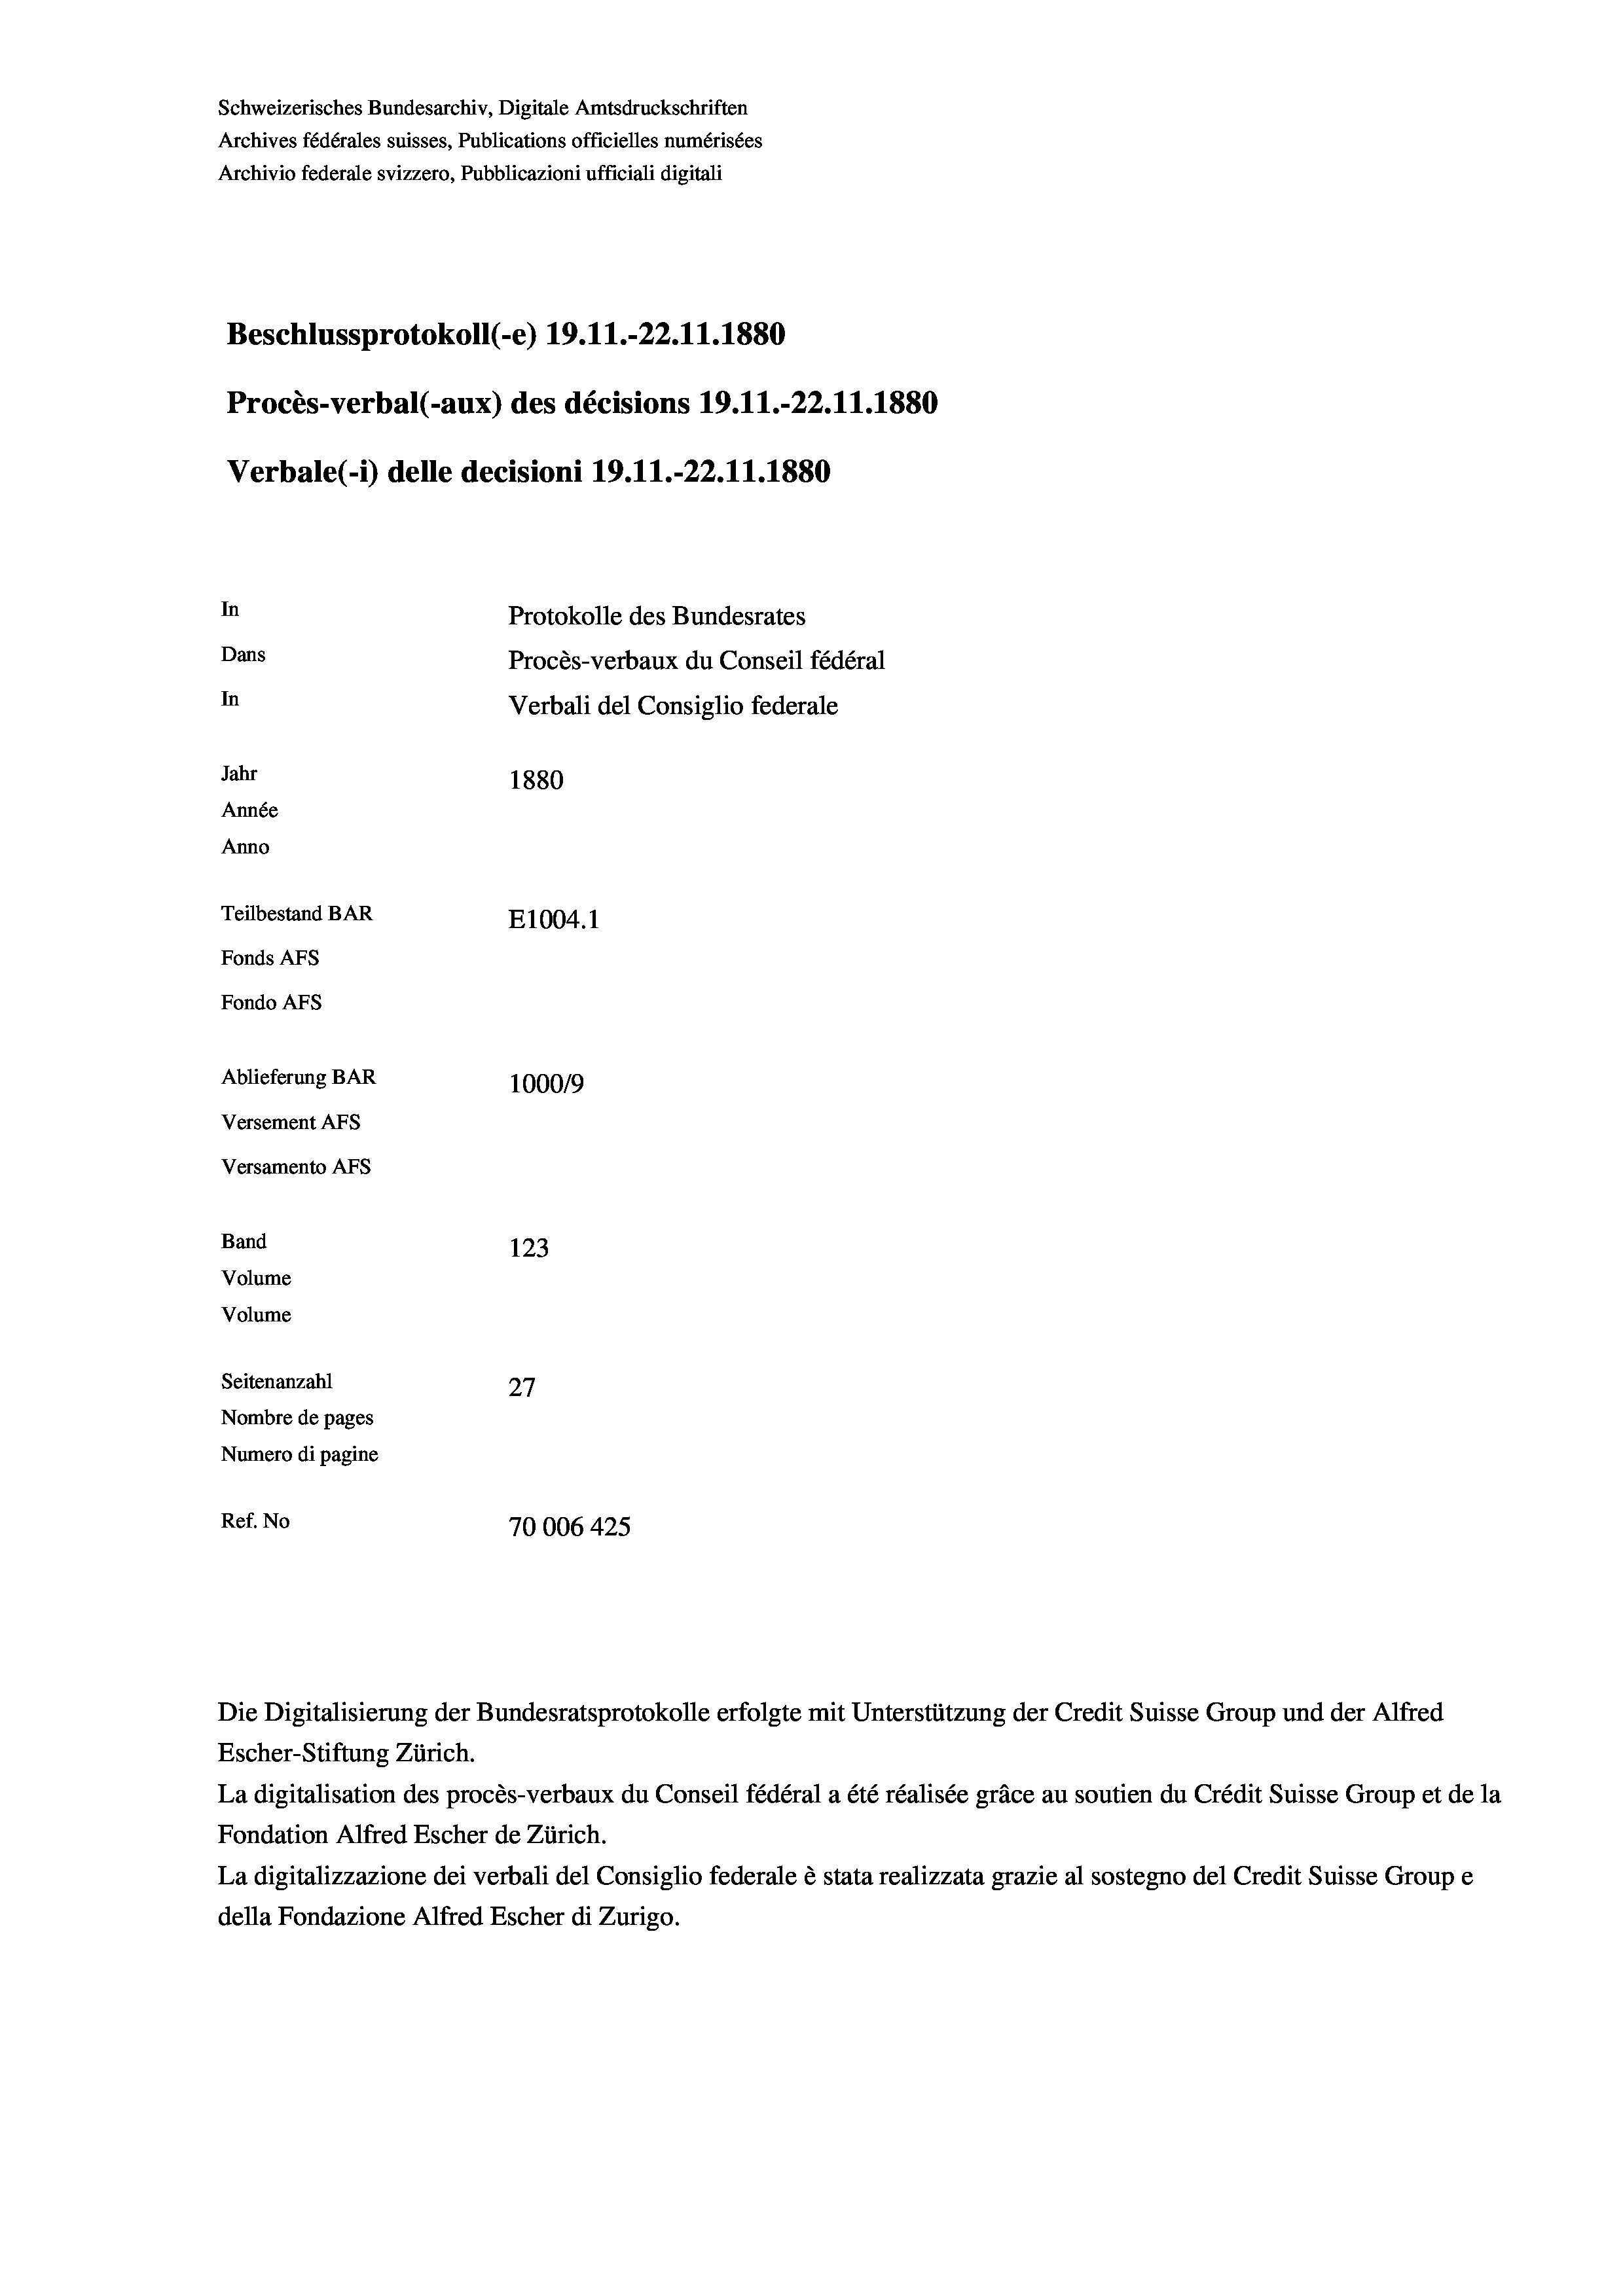
Schweizerisches Bundesarchiv, Digitale Amtsdruckschriften
Archives fédérales suisses, Publications officielles numérisées
Archivio federale svizzero, Pubblicazioni ufficiali digitali
Beschlussprotokoll (e) 19. 11.-22.11.1880
Procès-verbal (-aux) des décisions 19.11.-22.11.1880
Verbale (1) delle decisioni 19. 11.-22.11.1880
In
Protokolle des Bundesrates
Dans
Procès-verbaux du Conseil fédéral
In
Verbali del Consiglio federale
Jahr
1880
Année
Anno
Teilbestand BAR
E1004. 1
Fonds AFs
Fondo AFs
Ablieferung BAR
100019
Versement AFs
Versamento Afs
Band
123
Volume
Volume
e
Seitenanzahl
27
Nombre de pages
Numero di pagine
Ref. No
70006 425

Die Digitalisierung der Bundesratsprotokolle erfolgte mit Unterstützung der Credit Suisse Group und der Alfred
Escher-Stiftung Zürich.
La digitalisation des procès-verbaux du Conseil fédéral a été réalisée gräce au soutien du Crédit Suisse Group et de la
Fondation Alfred Escher de Zürich.
La digitalizzazione dei verbali del Consiglio federale è stata realizzata grazie al sostegno del Credit Suisse Groupe
della Fondazione Alfred Escher di Zurigo.